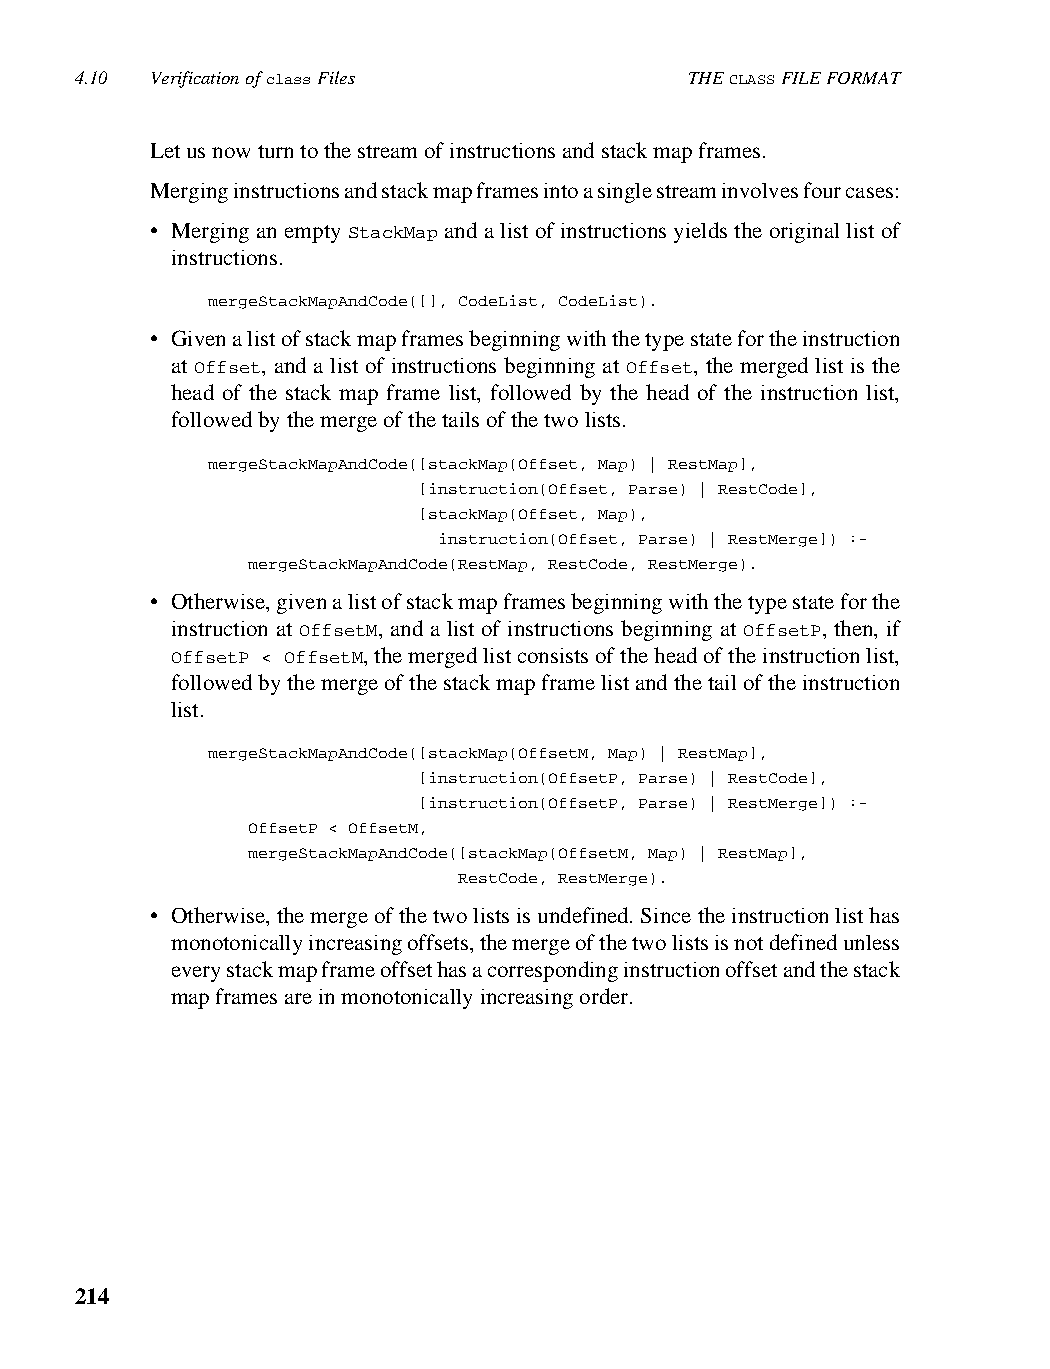
4.10 Verification of class Files         THE CLASS FILE FORMAT
 Let us now turn to the stream of instructions and stack map frames.
 Merging instructions and stack map frames into a single stream involves four cases:
 • Merging an empty StackMap and a list of instructions yields the original list of
 instructions.
 mergeStackMapAndCode([], CodeList, CodeList).
 • Given a list of stack map frames beginning with the type state for the instruction
 at Offset, and a list of instructions beginning at Offset, the merged list is the
 head of the stack map frame list, followed by the head of the instruction list,
 followed by the merge of the tails of the two lists.
 mergeStackMapAndCode([stackMap(Offset, Map) | RestMap],
 [instruction(Offset, Parse) | RestCode],
 [stackMap(Offset, Map),
 instruction(Offset, Parse) | RestMerge]) :-
 mergeStackMapAndCode(RestMap, RestCode, RestMerge).
 • Otherwise, given a list of stack map frames beginning with the type state for the
 instruction at OffsetM, and a list of instructions beginning at OffsetP, then, if
 OffsetP < OffsetM, the merged list consists of the head of the instruction list,
 followed by the merge of the stack map frame list and the tail of the instruction
 list.
 mergeStackMapAndCode([stackMap(OffsetM, Map) | RestMap],
 [instruction(OffsetP, Parse) | RestCode],
 [instruction(OffsetP, Parse) | RestMerge]) :-
 OffsetP < OffsetM,
 mergeStackMapAndCode([stackMap(OffsetM, Map) | RestMap],
 RestCode, RestMerge).
 • Otherwise, the merge of the two lists is undefined. Since the instruction list has
 monotonically increasing offsets, the merge of the two lists is not defined unless
 every stack map frame offset has a corresponding instruction offset and the stack
 map frames are in monotonically increasing order.
 214